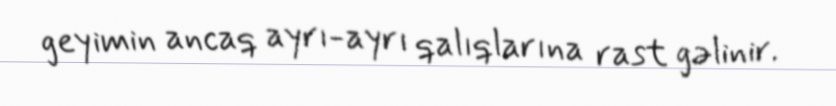
geyimin ancaq ayrı-ayrı qalıqlarına rast gəlinir.